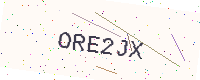
Text: ORE2JX